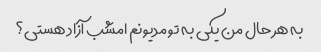
به هر حال من یکی به تو مدیونم امشب آزاد هستی؟